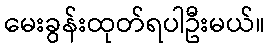
မေးခွန်းထုတ်ရပါဦးမယ်။